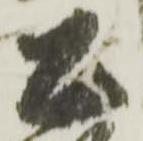
公